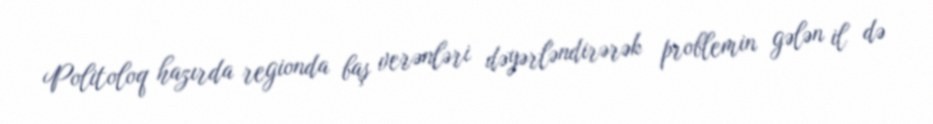
Politoloq hazırda regionda baş verənləri dəyərləndirərək problemin gələn il də